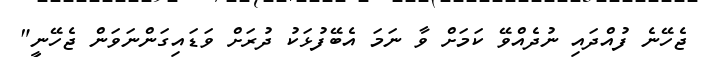
ޖެހޭނެ ފުއްދައި ނުދެއްވޭ ކަމަށް ވާ ނަމަ އެބޭފުޅަކު ދުރަށް ވަޑަައިގަންނަވަން ޖެހޭނީ"